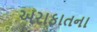
અરાફાતના